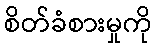
စိတ်ခံစားမှုကို